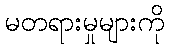
မတရားမှုများကို